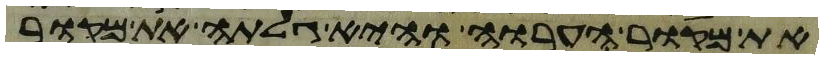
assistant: את מקור הערוה והיא גלתה את מקור